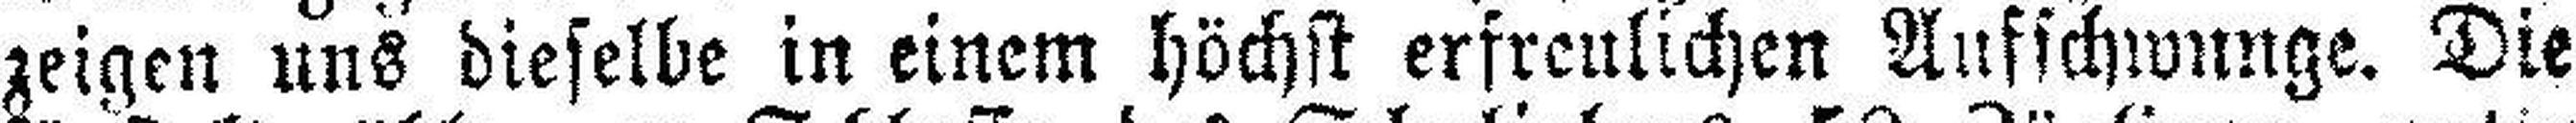
zeigen uns dieselbe in einem höchst erfreulichen Aufschwunge. Die